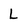
Character: L